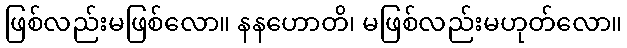
ဖြစ်လည်းမဖြစ်လော။ နနဟောတိ၊ မဖြစ်လည်းမဟုတ်လော။